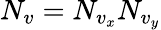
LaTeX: N_{v}=N_{v_{x}}N_{v_{y}}